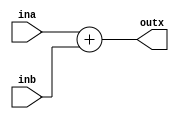
module adder(ina, inb, outx);
	input [31:0] ina;
	input [31:0] inb;
	output [31:0] outx;

	reg [31:0] outx_reg;

	always @(ina or inb) begin
	  	outx_reg <= ina + inb;
	end
	
	assign outx = outx_reg;

endmodule